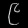
Digit: ၉